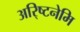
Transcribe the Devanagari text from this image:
अरि्ष्टनेमि